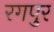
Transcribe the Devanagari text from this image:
रगपुर